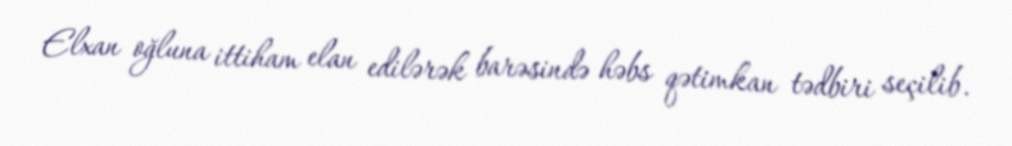
Elxan oğluna ittiham elan edilərək barəsində həbs qətimkan tədbiri seçilib.